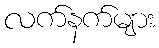
လက်နက်များ